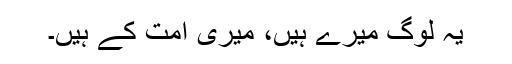
یہ لوگ میرے ہیں، میری امت کے ہیں۔